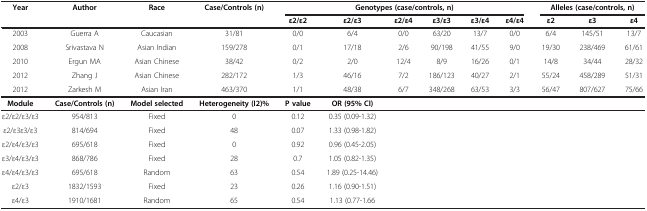
<table><thead><tr><td><b>Year</b></td><td><b>Author</b></td><td><b>Race</b></td><td><b>Case/Controls (n)</b></td><td colspan="6"><b>Genotypes (case/controls, n)</b></td><td colspan="3"><b>Alleles (case/controls, n)</b></td></tr><tr><td><b> </b></td><td><b> </b></td><td><b> </b></td><td><b> </b></td><td><b>ε2/ε2</b></td><td><b>ε2/ε3</b></td><td><b>ε2/ε4</b></td><td><b>ε3/ε3</b></td><td><b>ε3/ε4</b></td><td><b>ε4/ε4</b></td><td><b>ε2</b></td><td><b>ε3</b></td><td><b>ε4</b></td></tr></thead><tbody><tr><td>2003</td><td>Guerra A</td><td>Caucasian</td><td>31/81</td><td>0/0</td><td>6/4</td><td>0/0</td><td>63/20</td><td>13/7</td><td>0/0</td><td>6/4</td><td>145/51</td><td>13/7</td></tr><tr><td>2008</td><td>Srivastava N</td><td>Asian Indian</td><td>159/278</td><td>0/1</td><td>17/18</td><td>2/6</td><td>90/198</td><td>41/55</td><td>9/0</td><td>19/30</td><td>238/469</td><td>61/61</td></tr><tr><td>2010</td><td>Ergun MA</td><td>Asian Chinese</td><td>38/42</td><td>0/2</td><td>2/0</td><td>12/4</td><td>8/9</td><td>16/26</td><td>0/1</td><td>14/8</td><td>34/44</td><td>28/32</td></tr><tr><td>2012</td><td>Zhang J</td><td>Asian Chinese</td><td>282/172</td><td>1/3</td><td>46/16</td><td>7/2</td><td>186/123</td><td>40/27</td><td>2/1</td><td>55/24</td><td>458/289</td><td>51/31</td></tr><tr><td>2012</td><td>Zarkesh M</td><td>Asian Iran</td><td>463/370</td><td>1/1</td><td>48/38</td><td>6/7</td><td>348/268</td><td>63/53</td><td>3/3</td><td>56/47</td><td>807/627</td><td>75/66</td></tr><tr><td><b>Module</b></td><td><b>Case/Controls (n)</b></td><td><b>Model selected</b></td><td><b>Heterogeneity (I2)%</b></td><td><b>P value</b></td><td><b>OR (95% CI)</b></td><td> </td><td> </td><td> </td><td> </td><td> </td><td> </td><td> </td></tr><tr><td>ε2/ε2/ε3/ε3</td><td>954/813</td><td>Fixed</td><td>0</td><td>0.12</td><td>0.35 (0.09-1.32)</td><td> </td><td> </td><td> </td><td> </td><td> </td><td> </td><td> </td></tr><tr><td>ε2/ε3ε3/ε3</td><td>814/694</td><td>Fixed</td><td>48</td><td>0.07</td><td>1.33 (0.98-1.82)</td><td> </td><td> </td><td> </td><td> </td><td> </td><td> </td><td> </td></tr><tr><td>ε2/ε4/ε3/ε3</td><td>695/618</td><td>Fixed</td><td>0</td><td>0.92</td><td>0.96 (0.45-2.05)</td><td> </td><td> </td><td> </td><td> </td><td> </td><td> </td><td> </td></tr><tr><td>ε3/ε4/ε3/ε3</td><td>868/786</td><td>Fixed</td><td>28</td><td>0.7</td><td>1.05 (0.82-1.35)</td><td> </td><td> </td><td> </td><td> </td><td> </td><td> </td><td> </td></tr><tr><td>ε4/ε4/ε3/ε3</td><td>695/618</td><td>Random</td><td>63</td><td>0.54</td><td>1.89 (0.25-14.46)</td><td> </td><td> </td><td> </td><td> </td><td> </td><td> </td><td> </td></tr><tr><td>ε2/ε3</td><td>1832/1593</td><td>Fixed</td><td>23</td><td>0.26</td><td>1.16 (0.90-1.51)</td><td> </td><td> </td><td> </td><td> </td><td> </td><td> </td><td> </td></tr><tr><td>ε4/ε3</td><td>1910/1681</td><td>Random</td><td>65</td><td>0.54</td><td>1.13 (0.77-1.66</td><td> </td><td> </td><td> </td><td> </td><td> </td><td> </td><td> </td></tr></tbody></table>